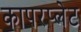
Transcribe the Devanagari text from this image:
कापरप्लेट